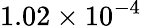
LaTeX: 1.02\times 10^{-4}